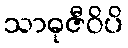
သာဓုဇီဝိပိ